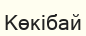
Көкібай